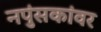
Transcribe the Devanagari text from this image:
नपुंसकांवर